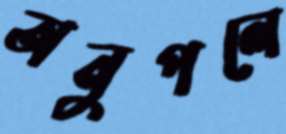
অনুপলে